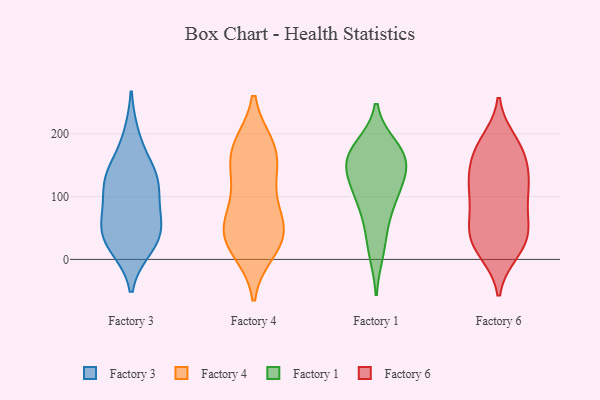
{"axis": {"x": "Net Income (USD K)", "y": "Value"}, "legend": ["Factory 1", "Factory 3", "Factory 4", "Factory 6"], "data": [{"x": "", "y": 137, "type": "Factory 3"}, {"x": "", "y": 96, "type": "Factory 3"}, {"x": "", "y": 20, "type": "Factory 3"}, {"x": "", "y": 196, "type": "Factory 3"}, {"x": "", "y": 70, "type": "Factory 3"}, {"x": "", "y": 25, "type": "Factory 3"}, {"x": "", "y": 126, "type": "Factory 3"}, {"x": "", "y": 37, "type": "Factory 3"}, {"x": "", "y": 60, "type": "Factory 3"}, {"x": "", "y": 140, "type": "Factory 3"}, {"x": "", "y": 43, "type": "Factory 3"}, {"x": "", "y": 122, "type": "Factory 3"}, {"x": "", "y": 53, "type": "Factory 4"}, {"x": "", "y": 168, "type": "Factory 4"}, {"x": "", "y": 15, "type": "Factory 4"}, {"x": "", "y": 180, "type": "Factory 4"}, {"x": "", "y": 76, "type": "Factory 4"}, {"x": "", "y": 116, "type": "Factory 4"}, {"x": "", "y": 33, "type": "Factory 4"}, {"x": "", "y": 125, "type": "Factory 4"}, {"x": "", "y": 177, "type": "Factory 4"}, {"x": "", "y": 39, "type": "Factory 4"}, {"x": "", "y": 26, "type": "Factory 4"}, {"x": "", "y": 53, "type": "Factory 4"}, {"x": "", "y": 169, "type": "Factory 4"}, {"x": "", "y": 116, "type": "Factory 1"}, {"x": "", "y": 174, "type": "Factory 1"}, {"x": "", "y": 166, "type": "Factory 1"}, {"x": "", "y": 98, "type": "Factory 1"}, {"x": "", "y": 141, "type": "Factory 1"}, {"x": "", "y": 49, "type": "Factory 1"}, {"x": "", "y": 146, "type": "Factory 1"}, {"x": "", "y": 155, "type": "Factory 1"}, {"x": "", "y": 180, "type": "Factory 1"}, {"x": "", "y": 92, "type": "Factory 1"}, {"x": "", "y": 11, "type": "Factory 1"}, {"x": "", "y": 180, "type": "Factory 6"}, {"x": "", "y": 112, "type": "Factory 6"}, {"x": "", "y": 37, "type": "Factory 6"}, {"x": "", "y": 156, "type": "Factory 6"}, {"x": "", "y": 188, "type": "Factory 6"}, {"x": "", "y": 45, "type": "Factory 6"}, {"x": "", "y": 148, "type": "Factory 6"}, {"x": "", "y": 66, "type": "Factory 6"}, {"x": "", "y": 31, "type": "Factory 6"}, {"x": "", "y": 167, "type": "Factory 6"}, {"x": "", "y": 179, "type": "Factory 6"}, {"x": "", "y": 60, "type": "Factory 6"}, {"x": "", "y": 116, "type": "Factory 6"}, {"x": "", "y": 12, "type": "Factory 6"}, {"x": "", "y": 72, "type": "Factory 6"}, {"x": "", "y": 110, "type": "Factory 6"}, {"x": "", "y": 115, "type": "Factory 6"}, {"x": "", "y": 23, "type": "Factory 6"}, {"x": "", "y": 15, "type": "Factory 6"}, {"x": "", "y": 120, "type": "Factory 6"}]}